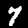
Label: 7